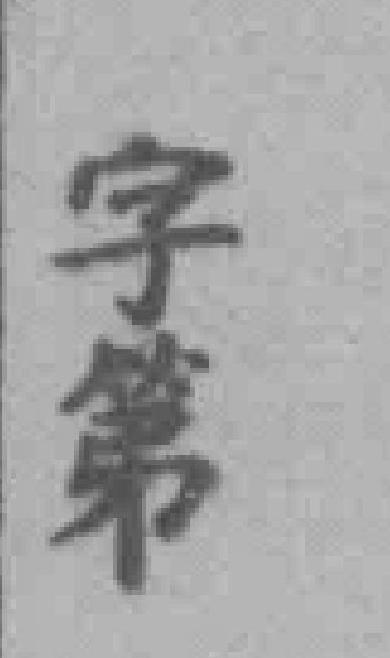
字第